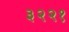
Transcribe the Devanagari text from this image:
३२२१